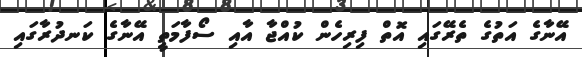
އޭނާގެ އަތުގެ ތެރޭގައި އޮތް ފިރިހެން ކުއްޖާ އާއި ސޯފާމަތީ އޭނާގެ ކަނދުރާގައި